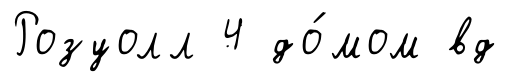
Розуолл 4 до́мом вд